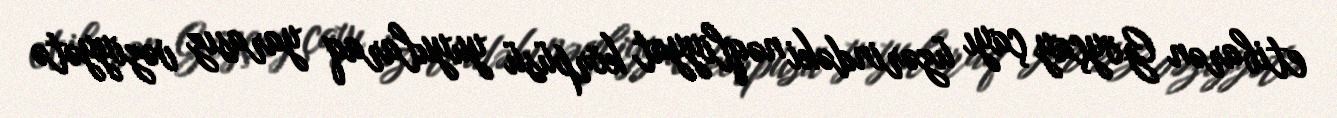
etibarən Göyçay çayı üzərindəki nəqliyyat körpüsü yuyularaq yarasız vəziyyətə